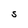
Character: S